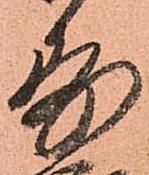
寿